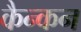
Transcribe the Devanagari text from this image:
कैन्कन